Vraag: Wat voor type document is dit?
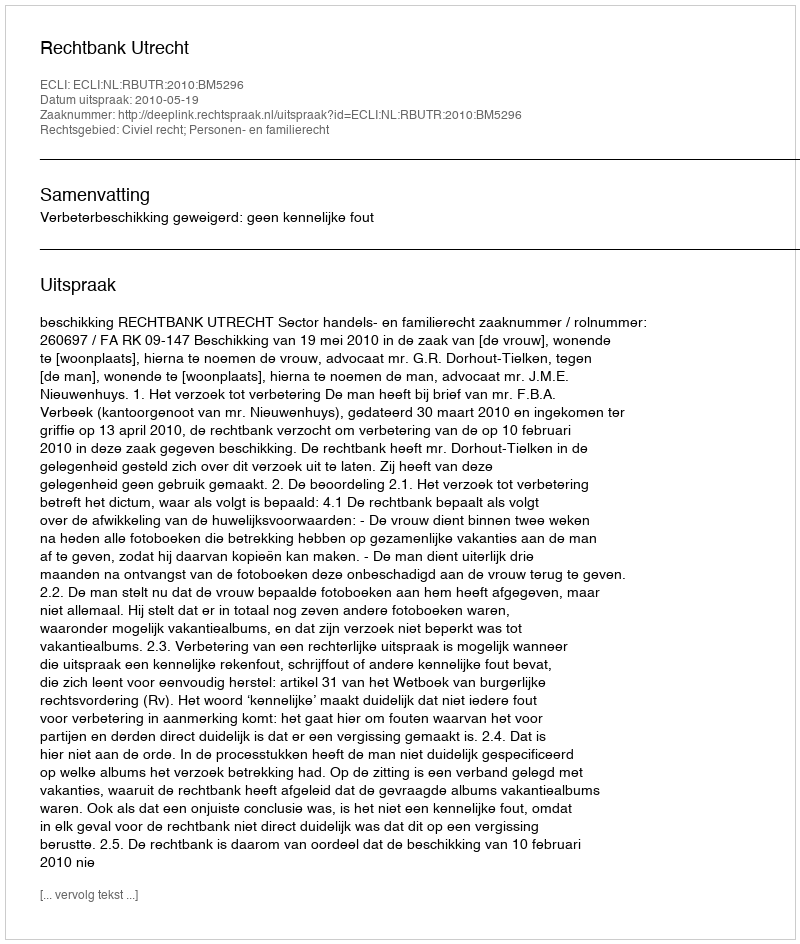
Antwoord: Uitspraak